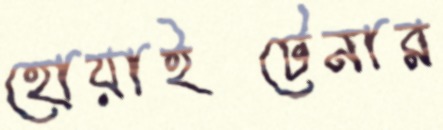
হোয়াইটেনার